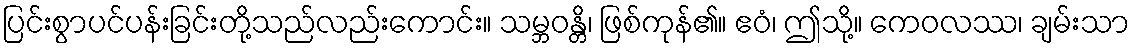
ပြင်းစွာပင်ပန်းခြင်းတို့သည်လည်းကောင်း။ သမ္ဘဝန္တိ၊ ဖြစ်ကုန်၏။ ဧဝံ၊ ဤသို့။ ကေဝလဿ၊ ချမ်းသာ